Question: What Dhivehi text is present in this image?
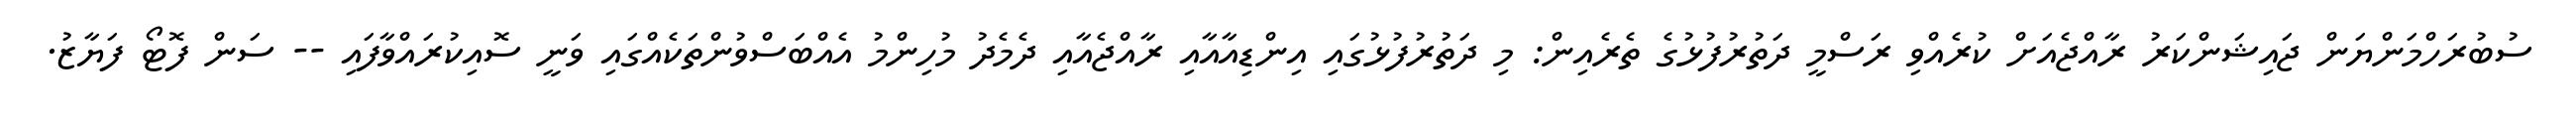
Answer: ސުބުރަހްމަންޔަން ޖައިޝަންކަރު ރާއްޖެއަށް ކުރެއްވި ރަސްމީ ދަތުރުފުޅުގެ ތެރެއިން: މި ދަތުރުފުޅުގައި އިންޑިއާއާއި ރާއްޖެއާއި ދެމެދު މުހިންމު އެއްބަސްވުންތަކެއްގައި ވަނީ ސޮއިކުރައްވާފައި -- ސަން ފޮޓޯ ފަޔާޒު.